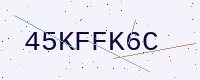
Text: 45KFFK6C